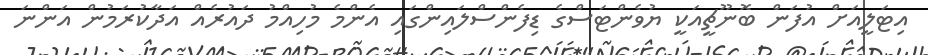
އިޓަލީއަށް އުފަން ބޮނޫޗީއަކީ ޔުވެންޓަސްގެ ޑިފެންސްލައިންގައި އެންމެ މުހިއްމު ދައުރެއް އަދާކުރަމުން އަންނަ